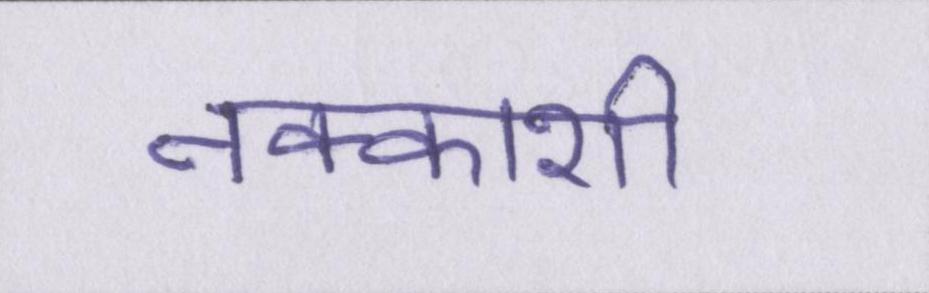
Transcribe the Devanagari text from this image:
नक्काशी